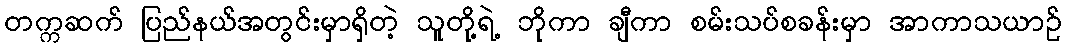
တက္ကဆက် ပြည်နယ်အတွင်းမှာရှိတဲ့ သူတို့ရဲ့ ဘိုကာ ချီကာ စမ်းသပ်စခန်းမှာ အာကာသယာဉ်